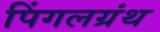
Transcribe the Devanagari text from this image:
पिंगलग्रंथ